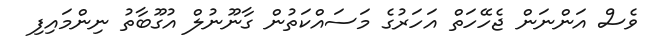
ވެސް އަންނަން ޖެހޭހަތް އަހަރުގެ މަސައްކަތުން ގާނޫނުލް އުގޫބާތު ނިންމައިފި